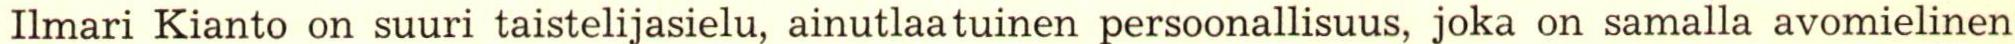
Ilmari Kianto on suuri taistelijasielu, ainutlaatuinen persoonallisuus, joka on samalla avomielinen